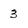
Character: 3